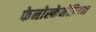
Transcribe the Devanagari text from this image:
फेनोस्केनेडियन